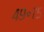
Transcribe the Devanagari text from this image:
४९॰७५